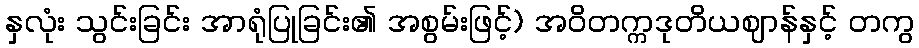
နှလုံး သွင်းခြင်း အာရုံပြုခြင်း၏ အစွမ်းဖြင့်) အဝိတက္ကဒုတိယဈာန်နှင့် တကွ